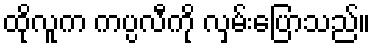
ထိုလူက ကပ္ပလီကို လှမ်းပြောသည်။